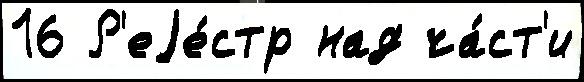
16 Р'еjе́стр над ча́ст'и